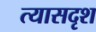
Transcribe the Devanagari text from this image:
त्यासदृश